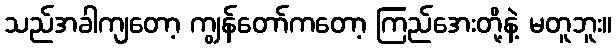
သည်အခါကျတော့ ကျွန်တော်ကတော့ ကြည်အေးတို့နဲ့ မတူဘူး။